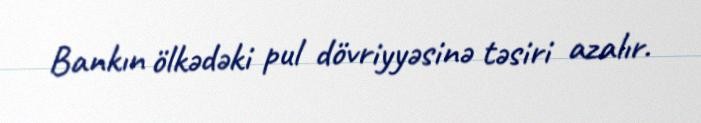
Bankın ölkədəki pul dövriyyəsinə təsiri azalır.